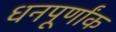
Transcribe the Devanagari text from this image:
धनपूर्णांक